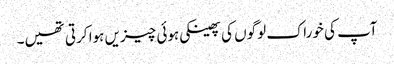
آپ کی خوراک لوگوں کی پھینکی ہوئی چیزیں ہوا کرتی تھیں۔